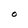
Character: O